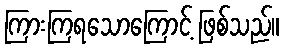
ကြားကြရသောကြောင့် ဖြစ်သည်။